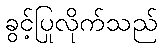
ခွင့်ပြုလိုက်သည်